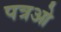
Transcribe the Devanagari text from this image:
पत्रओ